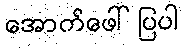
အောက်ဖေါ်ပြပါ